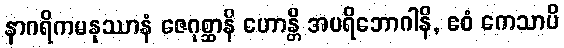
နာဂရိကမနုဿာနံ ဇေဂုစ္ဆာနိ ဟောန္တိ အပရိဘောဂါနိ, ဧဝံ ကေသာပိ